Lunatic asylums Madras 1877-1891 - 1877-1891
Year: 1877
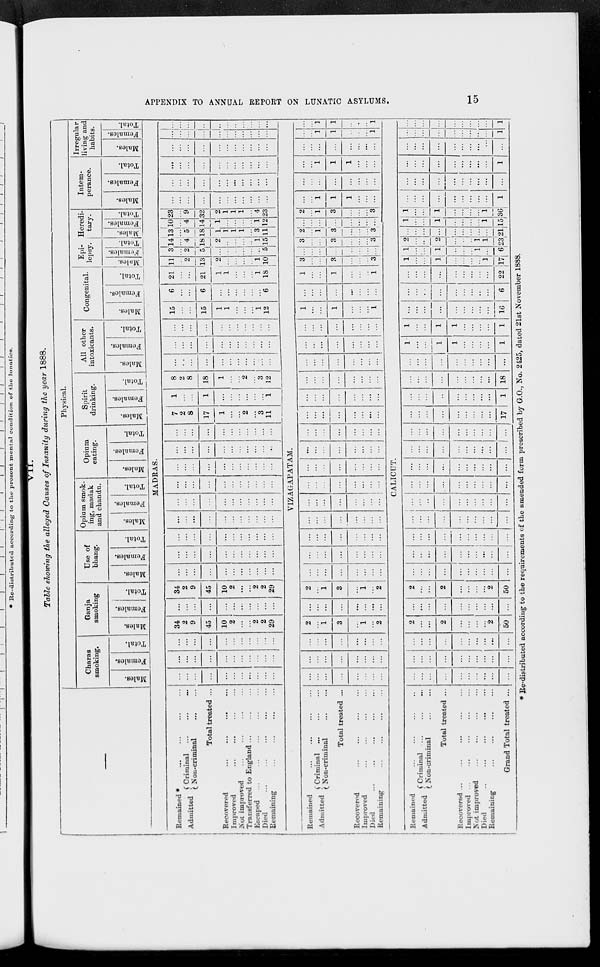
APPENDIX TO ANNUAL REPORT ON LUNATIC ASYLUMS.
15
VII.
Table showing the alleged Causes of Insanity during the year 1888.
Physical.
Charas
smoking.
Males.
Females.
Total.
Ganja
smoking
Males.
Females.
Total.
Use of
bhang.
Males.
Females.
Total.
Opium smok-
ing, madak
and chandu.
Males.
Females.
Total.
Opium
eating.
Males.
Females.
Total.
Spirit
drinking.
Males.
Females.
Total.
All other
intoxicants.
Males.
Females.
Total.
Congenital.
Males.
Females.
Total.
Epi-
lepsy.
Males.
Females.
Total.
Heredi-
tary.
Males.
Females.
Total.
Intem-
perance.
Males.
Females.
Total.
Irregular
living and
habits.
Males.
Females.
Total.
MADRAS....
Remained
*
...
...
...
...
Admitted
Criminal
...
...
...
Non-criminal
...
...
Total treated ...
Recovered
...
...
...
...
Improved
...
...
...
...
Not improved ... ... ... ...
Transferred to England
...
...
...
Escaped
...
...
...
...
...
Died
...
...
...
...
...
Remaining
...
...
...
...
...
...
...
...
...
...
...
...
...
...
...
...
...
...
...
...
...
...
...
...
...
...
...
...
...
...
...
...
...
...
...
...
...
34
2
9
45
10
2
...
...
2
2
29
...
...
...
...
...
...
...
...
...
...
...
34
2
9
45
10
2
...
...
2
2
29
...
...
...
...
...
...
...
...
...
...
...
...
...
...
...
...
...
...
...
...
...
...
...
...
...
...
...
...
...
...
...
...
...
...
...
...
...
...
...
...
...
...
...
...
...
...
...
...
...
...
...
...
...
...
...
...
...
...
...
...
...
...
...
...
...
...
...
...
...
...
...
...
...
...
...
...
...
...
...
...
...
...
...
...
...
...
...
...
...
...
...
...
...
...
...
...
...
...
...
7
2
8
17
1
...
...
2
...
3
11
1
...
...
1
...
...
...
...
...
...
1
8
2
8
18
1
...
...
2
...
3
12
...
...
...
...
...
...
...
...
...
...
...
...
...
...
...
...
...
...
...
...
...
...
...
...
...
...
...
...
...
...
...
...
...
15
...
...
15
1
1
...
...
...
1
12
6
...
...
6
...
...
...
...
...
...
6
21
...
...
21
1
1
...
...
...
1
18
11
...
2
13
2
...
...
...
...
1
10
3
...
2
5
...
...
...
...
...
...
5
14
...
4
18
2
...
...
...
..
1
15
13
...
5
18
1
1
1
1
...
3
11
10
...
4
14
1
...
...
...
...
1
12
23
...
9
32
2
1
1
1
...
4
23
...
...
...
...
...
...
...
...
...
...
...
...
...
...
...
...
...
...
...
...
...
...
...
...
...
...
...
...
...
...
...
...
...
...
...
...
...
...
...
...
...
...
...
...
...
...
...
...
...
...
...
...
...
...
...
VIZAGAPATAM.
Remained
...
...
...
...
Admitted Criminal ... ... ...
Non-criminal ... ...
Total treated ...
Recovered ... ... ... ...
Improved ... ... ... ...
Died
...
...
...
...
...
Remaining
...
...
...
...
...
...
...
...
...
...
...
...
...
...
...
...
...
...
...
...
...
...
...
...
...
...
...
...
2
...
1
3
...
1
...
2
...
...
...
...
...
...
...
...
2
...
1
3
...
1
...
2
...
...
...
...
...
...
...
...
...
...
...
...
...
...
...
...
...
...
...
...
...
...
...
...
...
...
...
...
...
...
...
...
...
...
...
...
...
...
...
...
...
...
...
...
...
...
...
...
...
...
...
...
...
...
...
...
...
...
...
...
...
...
...
...
...
...
...
...
...
...
...
...
...
...
...
...
...
...
...
...
...
...
...
...
...
...
...
...
...
...
...
...
...
...
...
...
...
...
...
...
...
...
...
...
...
...
...
...
...
...
...
...
...
...
...
...
...
...
...
1
...
...
1
...
...
...
1
...
...
...
...
...
...
...
...
1
...
...
1
...
...
...
1
3
...
...
3
...
...
...
3
...
...
...
...
...
...
...
...
3
...
...
3
...
...
...
3
2
...
1
3
...
...
...
3
...
...
...
...
...
...
...
...
2
...
1
3
...
...
...
3
...
...
1
1
1
...
...
...
...
...
...
...
...
...
...
...
...
...
1
1
1
...
...
...
...
...
...
...
...
...
...
...
...
...
1
1
...
...
...
1
...
...
...
...
...
...
...
...
...
...
...
...
...
1
1
...
...
...
1
CALICUT.
Remained
...
...
...
...
Admitted
Criminal ... ... ...
Non-criminal
...
...
Total treated ...
Recovered
...
...
...
...
...
Improved ... ... ... ... ...
Not improved
...
...
...
...
Died.
...
...
...
...
...
Remaining
...
...
...
...
Grand Total treated ...
...
...
...
...
...
...
...
...
...
...
...
...
...
...
...
...
...
...
...
...
...
...
...
...
...
...
...
...
...
...
2
...
...
2
...
...
...
...
2
50
...
...
...
...
...
...
...
...
...
...
2
...
...
2
...
...
...
...
2
50
...
...
...
...
...
...
...
...
...
...
...
...
...
...
...
...
...
...
...
...
...
...
...
...
...
...
...
...
...
...
...
...
...
...
...
...
...
...
...
...
...
...
...
...
...
...
...
...
...
...
...
...
...
...
...
...
...
...
...
...
...
...
...
...
...
...
...
...
...
...
...
...
...
...
...
...
...
...
...
...
...
...
...
...
...
...
...
...
...
...
...
...
...
...
...
...
...
17
...
...
...
...
...
...
...
...
...
1
...
...
...
...
...
...
...
...
...
18
...
...
....
...
...
...
...
...
...
...
1
...
...
1
1
...
...
...
...
1
1
...
...
1
1
...
...
...
...
1
...
...
...
...
...
...
...
...
...
16
...
...
...
...
...
...
...
...
...
6
...
...
...
...
...
...
...
...
...
22
1
...
...
1
...
...
...
...
1
17
1
...
...
1
...
...
...
1
...
6
2
...
...
2
...
...
...
1
1
23
...
...
...
...
...
...
...
...
...
21
1
...
...
1
...
...
...
....
1
15
1
...
...
1
...
...
...
...
1
36
...
...
...
...
...
...
...
...
...
1
...
...
...
...
...
...
...
...
...
...
...
...
...
...
...
...
...
...
...
1
...
...
...
...
...
...
...
...
...
...
...
...
...
...
...
...
...
...
...
1
...
...
...
...
...
...
...
...
...
1